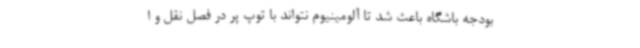
بودجه باشگاه باعث شد تا آلومینیوم نتواند با توپ پر در فصل نقل و ا